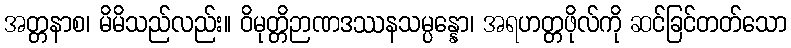
အတ္တနာစ၊ မိမိသည်လည်း။ ဝိမုတ္တိဉာဏဒဿနသမ္ပန္နော၊ အရဟတ္တဖိုလ်ကို ဆင်ခြင်တတ်သော